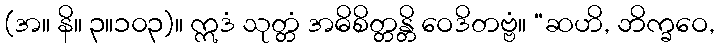
(အ။ နိ။ ၃။၁၀၃)။ ဣဒံ သုတ္တံ အဓိစိတ္တန္တိ ဝေဒိတဗ္ဗံ။ “ဆဟိ, ဘိက္ခဝေ,